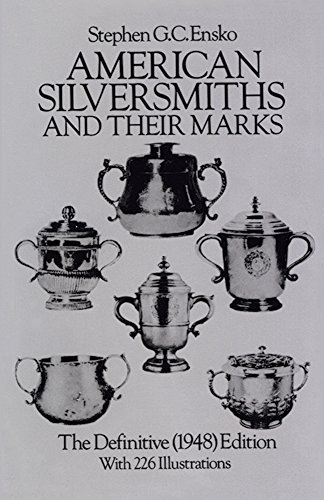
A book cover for American Silversmiths and Their Marks: The Definitive (1948) Edition (Dover Jewelry and Metalwork); Stephen G. C. Ensko; Crafts, Hobbies & Home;